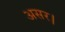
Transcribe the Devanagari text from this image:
असर।